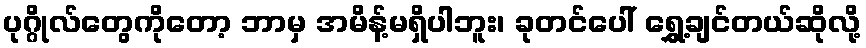
ပုဂ္ဂိုလ်တွေကိုတော့ ဘာမှ အမိန့်မရှိပါဘူး၊ ခုတင်ပေါ် ရွှေ့ချင်တယ်ဆိုလို့